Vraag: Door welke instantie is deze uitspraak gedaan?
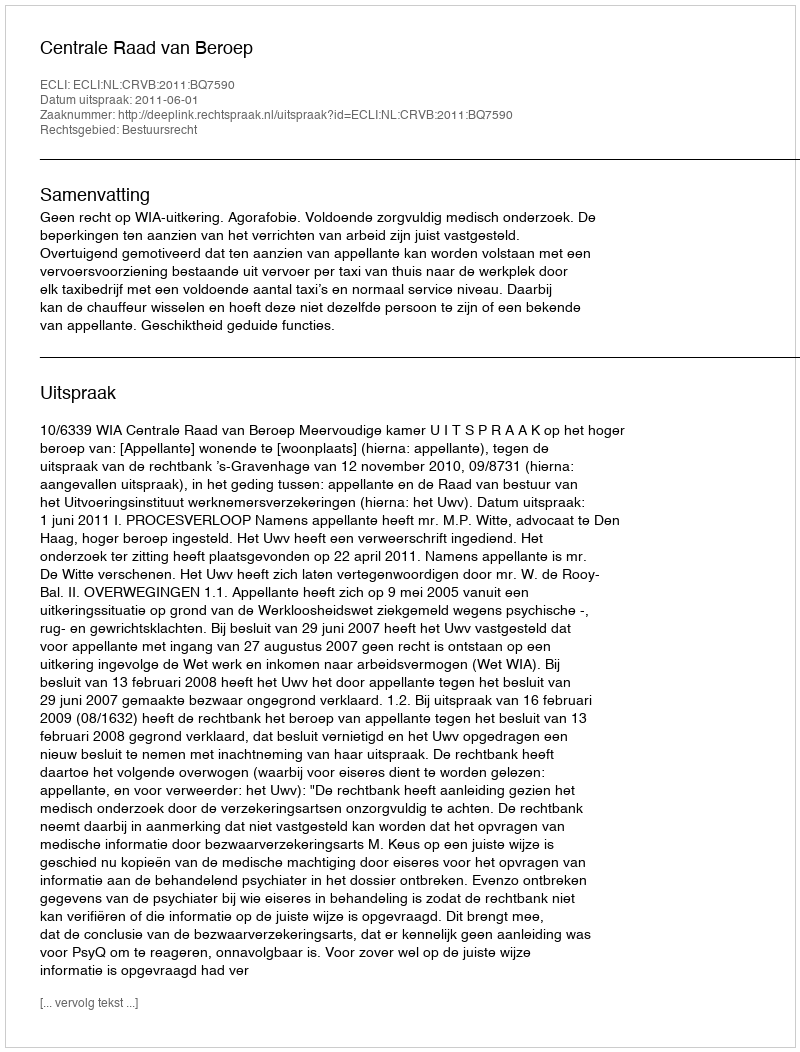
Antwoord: Centrale Raad van Beroep